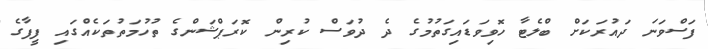
ފަސްވަނަ ދައުރަކަށް ބްލެޓާ ހޮވިވަޑައިގަތުމުގެ ދެ ދުވަސް ކުރިން ކޮރަޕްޝަންގެ ތުހުމަތުތަކެއްގައި ފީފާގެ